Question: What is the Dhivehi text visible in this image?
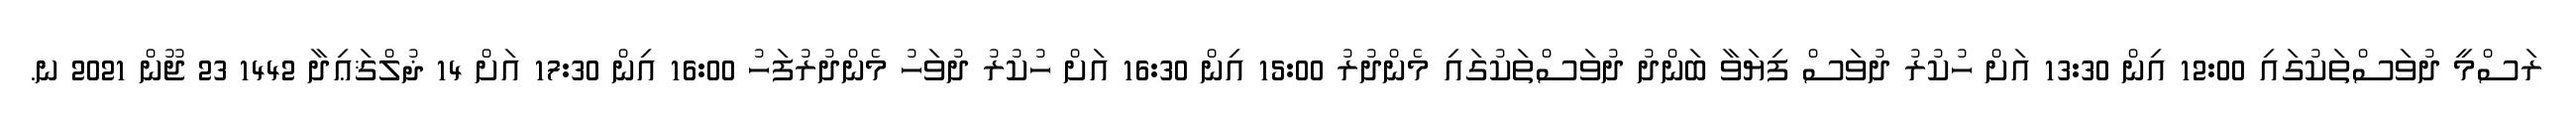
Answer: ރަސްމީ ދުވަސްތަކުގައި 12:00 އިން 13:30 އަށް ހުކުރު ދުވަސް ފިޔަވާ ބަންދު ދުވަސްތަކުގައި މެންދުރު 15:00 އިން 16:30 އަށް ހުކުރު ދުވަހު މެންދުރުފަހު 16:00 އިން 17:30 އަށް 14 ޛުލްޤަޢިދާ 1442 23 ޖޫން 2021 ނ.